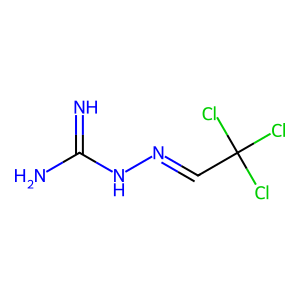
SMILES: N=C(N)NN=CC(Cl)(Cl)Cl
Inhibits HIV replication: No